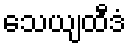
သေယျထီဒံ